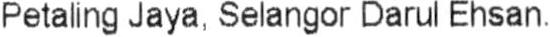
PETALING JAYA, SELANGOR DARUL EHSAN.